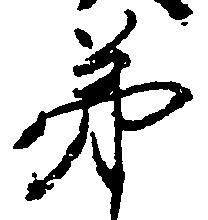
第